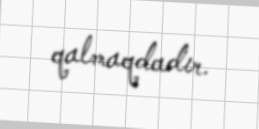
qalmaqdadır.